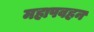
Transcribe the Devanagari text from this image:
महापवहन